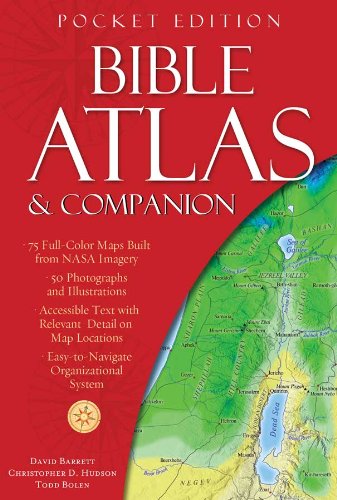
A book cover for Bible Atlas & Companion: Pocket Edition; Christopher D. Hudson; Christian Books & Bibles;